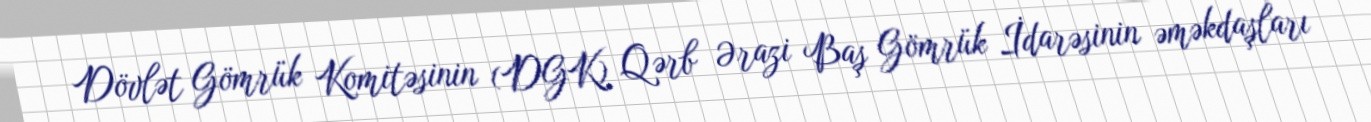
Dövlət Gömrük Komitəsinin (DGK) Qərb Ərazi Baş Gömrük İdarəsinin əməkdaşları